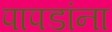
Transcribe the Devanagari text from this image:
पापडांना